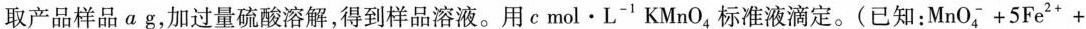
取产品样品ag，加过量硫酸溶解，得到样品溶液。用cmol·L-'KMnO4标准液滴定。(已知：MnO，+5Fe2++